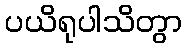
ပယိရုပါသိတွာ